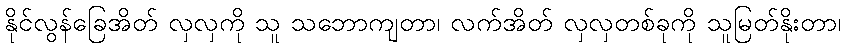
နိုင်လွန်ခြေအိတ် လှလှကို သူ သဘောကျတာ၊ လက်အိတ် လှလှတစ်ခုကို သူမြတ်နိုးတာ၊